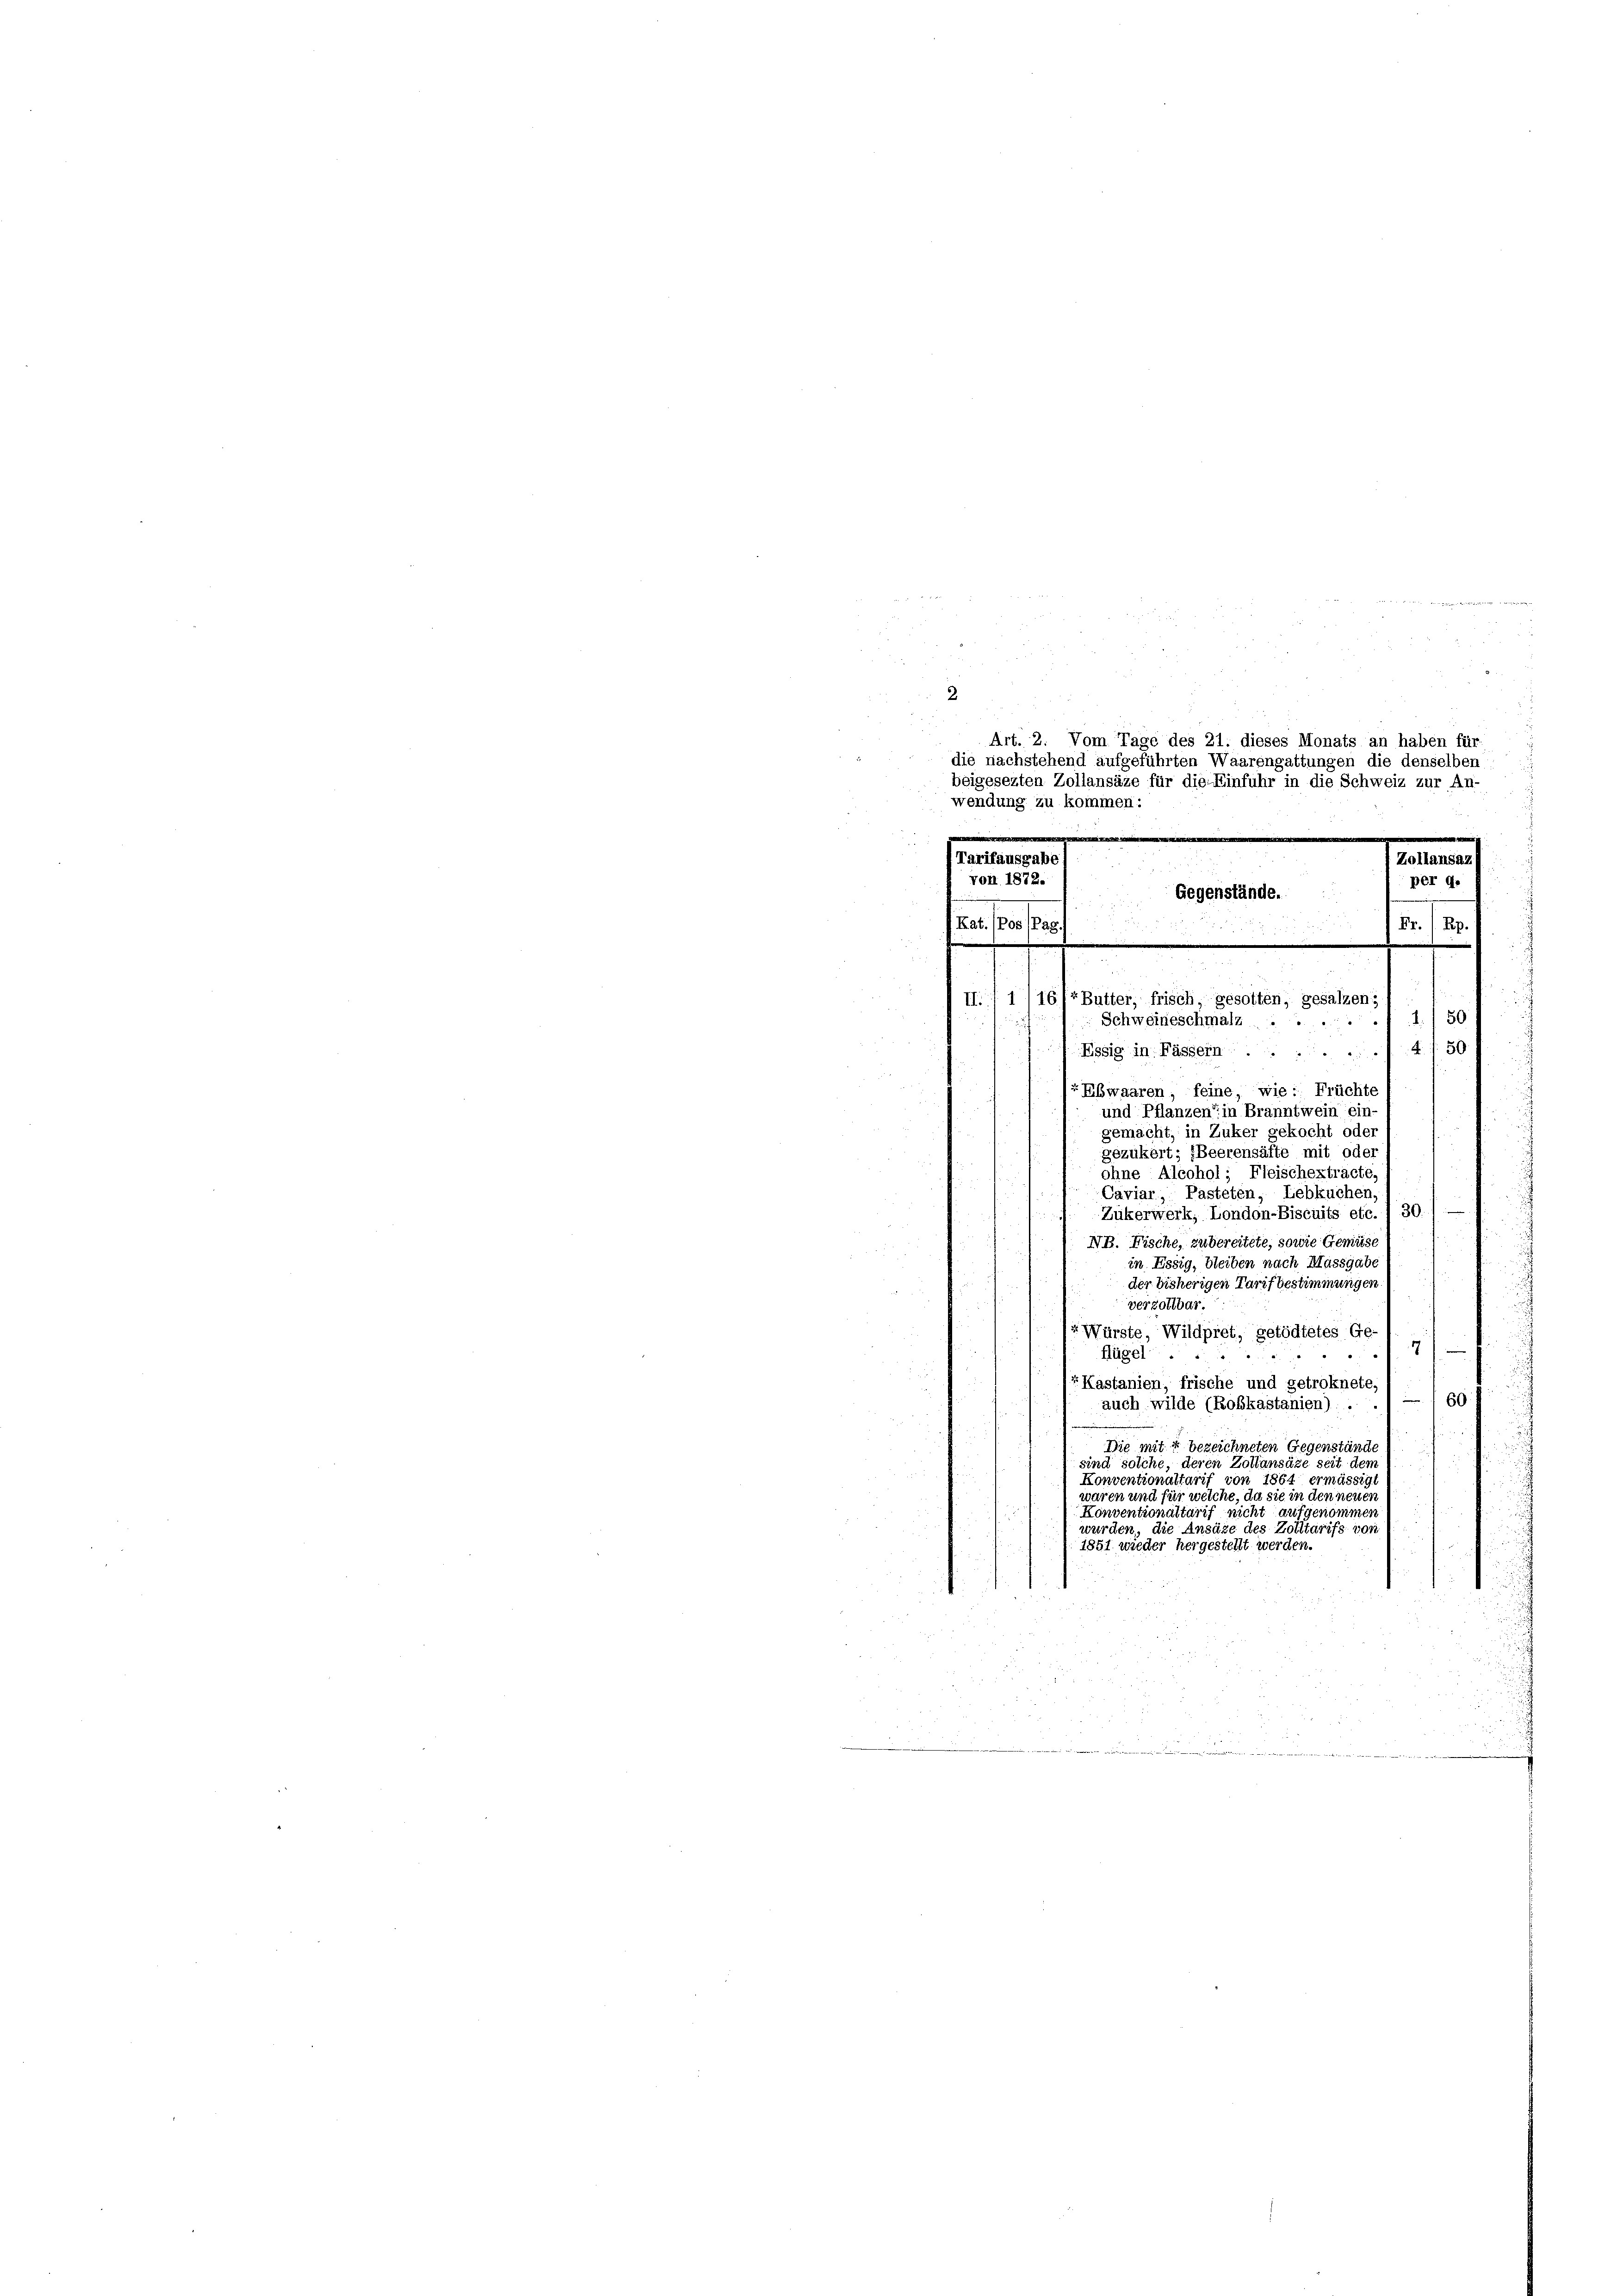
d
n
Art. 2. Vom Tage des 21. dieses Monats an haben für
die nachstehend aufgeführten Waarengattungen die denselben
beigesezten Zollansäze für die Einfuhr in die Schweiz zur An
wendung zu kommen:
e

Tarifausgabe
Zollansaz
Von 1872.
per 9.
Gegenstände.
Fr./ Rp.
Kat. (Pos Pag

II. 1116/7 Butter, frisch, gesotten, gesalzen;
4/50
Schweineschmalz .....

2.

25
Essig in Fässern.41. 50
Ebwaaren, feine, wie: Früchte
und Pflanzen in Branntwein ein-
gemacht, in Zuker gekocht oder
gezukert; (Beerensäfte mit ode
ohne Alcohol; Fleischextracte,
Caviar, Pasteten, Lebkuchen.
Zukerwerk, London-Biscuits etc. 1 30
u
NB. Fische, zu bereitete, sowie Gemüse
in Essig, bleiben nach Massgabe
der bisherigen Tarif bestimmungen
i
verzollbar.
Würste, Wildpret, getödtetes Ge-
7
flügel
" "
Kastanien, frische und getroknete,
60
auch wilde (Robkastanien). ..
Die mit 4 bezeichneten Gegenstände
sind solche, deren Zollansäze seit dem
Konventionaltarif von 1864 ermässigt
waren und für welche, da sie in den neuen
Konventionaltarif nicht aufgenommen
2
wurden, die Ansäze des Zolltarifs vor
1851 wieder hergestellt werden.